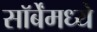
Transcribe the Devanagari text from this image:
सॉर्बेंमध्ये